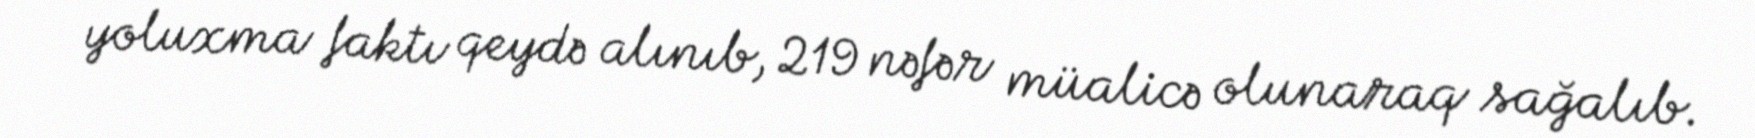
yoluxma faktı qeydə alınıb, 219 nəfər müalicə olunaraq sağalıb.